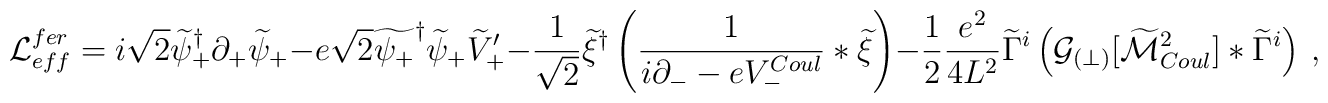
{\cal L}_{eff}^{fer} = i \sqrt{2}\widetilde\psi^{\dagger}_{+}\partial_{+} \widetilde\psi_{+} - e \sqrt{2}\widetilde{\psi_{+}}^{\dagger} \widetilde{\psi}_{+}\widetilde{V}_{+}^\prime - \frac{1}{\sqrt{2}}\widetilde\xi^{\dagger} \left(\frac{1}{i \partial_{-} - eV_{-}^{Coul}} \ast \widetilde\xi \right) - \frac 1 2 \frac{e^2}{4L^2} \widetilde\Gamma^i \left({\cal G}_{(\perp)}[\widetilde{\cal M}^2_{Coul}] \ast \widetilde\Gamma^i \right)\ ,